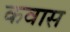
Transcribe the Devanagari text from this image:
कवास